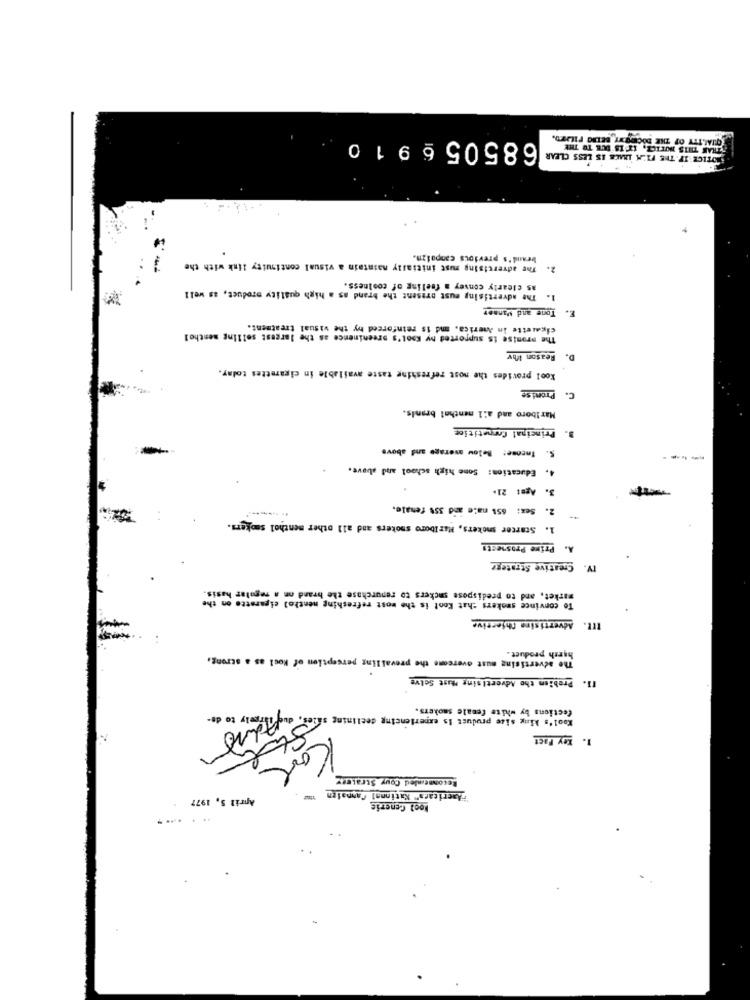
QUALITY OF THE DOCEBO WY BELRO FILMED.
1 0
9
68505 6
THAN THIS NOTICE, IT IS DUE TO THE
NOTICE IF THE FILM INACE IS LESS CLEAR
brand's previous canpaizn.
The advertising must initially maintain a visual continuity link with the
2.
as clearly convey a feeling of coolness.
1. The advertising must present the brand as a high quality product, as well
E. Tone and Manner
cigarette in America, md is reinforced by the visual treatment.
The promise is supported by Ksol's preeninence as the largest selling sesthel
Reason Ibv
D.
Kool provides the nost refreshing taste available in cigarettes tolay.
C. Proni se
Marlboro and all menthal branis.
3. Principal Connetitice
Tneose: Below average and above
5.
. Education: Some high school and above.
3. Age: 21+
2. Sex: 656 male and 35% fenale.
1. Starter smokers, Marlboro smokers and all other menthol smokers.
A. Prime Prosnests
Creative Strategz
IV.
market, and to predispose suckers to repurchase the brand on a regular hasis.
To convince smokers chat Koot is the most refreshing menthol cigarette on the
Advertising Chjective
ttt.
The advertising must overcome the prevailing perception of Kool as a strong,
harsh product.
[]. Problem the Advertising Must Selve
fections by white female smokers.
Freely to do-
Kool's Mug size product is experiencing declining
1. Key Paet
Kool
Recommended Couy Strateny
"Americara" National Cannaien
April 5, 1977
Lool Generis